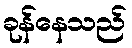
ခုန်နေသည်